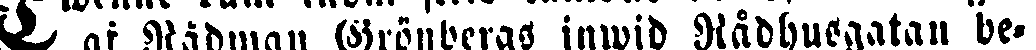
C af Rådman Grönbergs inwid Rådhusgatan be-